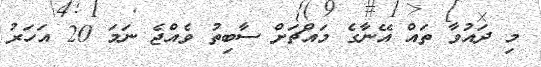
މި ދައުވާ ތައް އޭނާގެ މައްޗަށް ސާބިތު ވެއްޖެ ނަމަ 20 އަހަރު